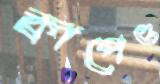
কাপেও